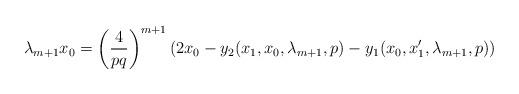
LaTeX: \begin{align*}\lambda_{m+1} x_0 = \left(\frac{4}{pq}\right)^{m+1}(2x_0 - y_2(x_1, x_0, \lambda_{m+1}, p)-y_1(x_0, x_1', \lambda_{m+1}, p))\end{align*}